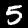
Digit: 5